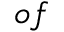
o f